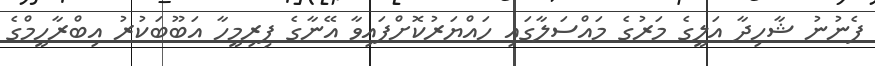
ފެނުނު ޝާހިދާ އަލީގެ މަރުގެ މައްސަލާގައި ހައްޔަރުކޮށްފައިވާ އޭނާގެ ފިރިމީހާ އަބޫބަކުރު އިބްރާހީމްގެ